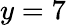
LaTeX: y=7